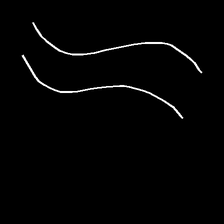
Glyph: float